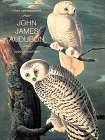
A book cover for First Impressions: John James Audubon; Joseph Kastner; Teen & Young Adult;